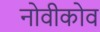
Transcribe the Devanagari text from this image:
नोवीकोव